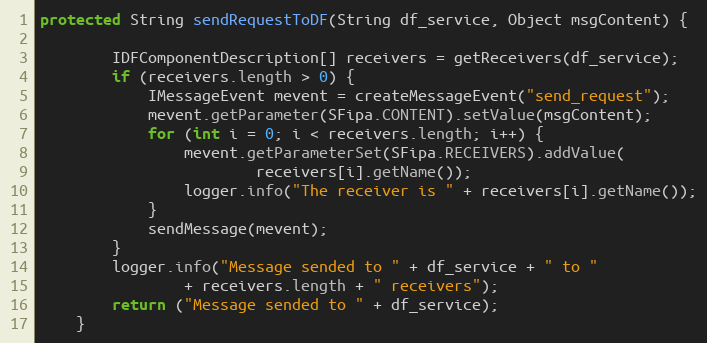
Language: Java
protected String sendRequestToDF(String df_service, Object msgContent) {

        IDFComponentDescription[] receivers = getReceivers(df_service);
        if (receivers.length > 0) {
            IMessageEvent mevent = createMessageEvent("send_request");
            mevent.getParameter(SFipa.CONTENT).setValue(msgContent);
            for (int i = 0; i < receivers.length; i++) {
                mevent.getParameterSet(SFipa.RECEIVERS).addValue(
                        receivers[i].getName());
                logger.info("The receiver is " + receivers[i].getName());
            }
            sendMessage(mevent);
        }
        logger.info("Message sended to " + df_service + " to "
                + receivers.length + " receivers");
        return ("Message sended to " + df_service);
    }